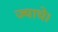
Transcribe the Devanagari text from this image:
ज्याचे।